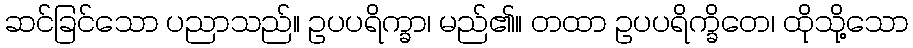
ဆင်ခြင်သော ပညာသည်။ ဥပပရိက္ခာ၊ မည်၏။ တထာ ဥပပရိက္ခိတေ၊ ထိုသို့သော